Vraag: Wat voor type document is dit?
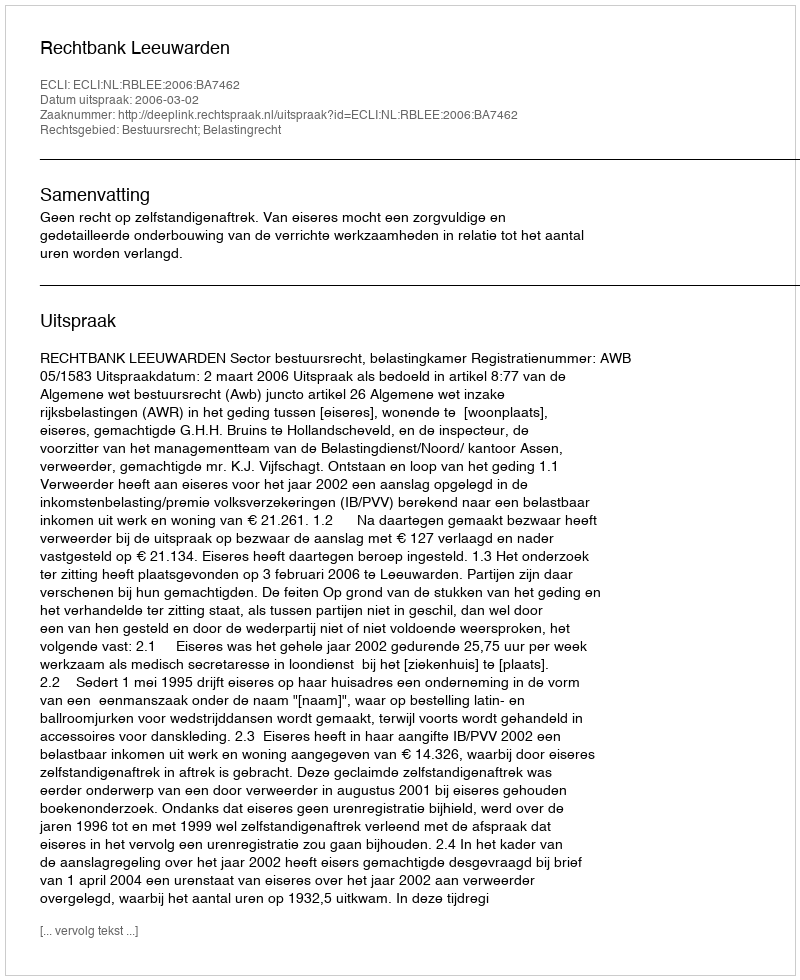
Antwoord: Uitspraak